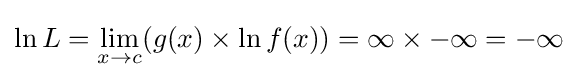
\ln L=\lim _{x\to c}({g(x)}\times \ln {f(x)})=\infty \times {-\infty }=-\infty